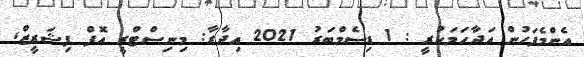
އެންމެފަހުން އަދާހަމަކުރީ : 1 ޑިސެމްބަރު 2021 އިދާރާ: މިނިސްޓްރީ އޮފް ފިޝަރީޒް